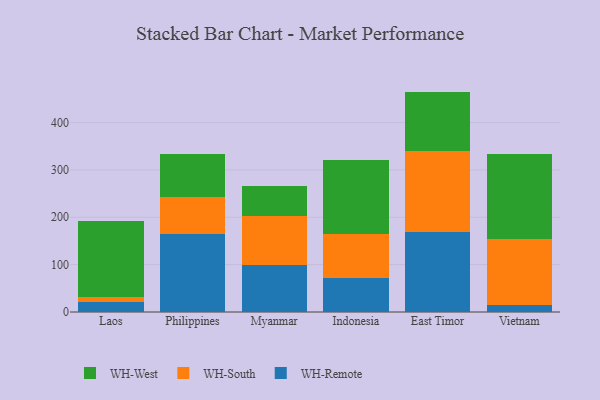
{"axis": {"x": "Country", "y": "Inventory Turnover"}, "legend": ["WH-Remote", "WH-South", "WH-West"], "data": [{"x": "Laos", "y": 20.4, "type": "WH-Remote"}, {"x": "Laos", "y": 10.6, "type": "WH-South"}, {"x": "Laos", "y": 161.3, "type": "WH-West"}, {"x": "Philippines", "y": 165.5, "type": "WH-Remote"}, {"x": "Philippines", "y": 76.3, "type": "WH-South"}, {"x": "Philippines", "y": 91.0, "type": "WH-West"}, {"x": "Myanmar", "y": 99.9, "type": "WH-Remote"}, {"x": "Myanmar", "y": 101.8, "type": "WH-South"}, {"x": "Myanmar", "y": 63.7, "type": "WH-West"}, {"x": "Indonesia", "y": 71.6, "type": "WH-Remote"}, {"x": "Indonesia", "y": 94.0, "type": "WH-South"}, {"x": "Indonesia", "y": 156.2, "type": "WH-West"}, {"x": "East Timor", "y": 167.9, "type": "WH-Remote"}, {"x": "East Timor", "y": 172.9, "type": "WH-South"}, {"x": "East Timor", "y": 124.6, "type": "WH-West"}, {"x": "Vietnam", "y": 15.6, "type": "WH-Remote"}, {"x": "Vietnam", "y": 139.6, "type": "WH-South"}, {"x": "Vietnam", "y": 177.4, "type": "WH-West"}]}